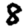
Digit: 8